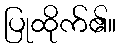
ပြုထိုက်၏။